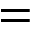
=